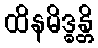
ထိနမိဒ္ဓန္တိ